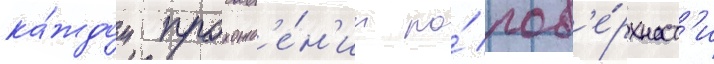
ка́ждом прохожд'е́н'ии по́ пов'е́рхност'и